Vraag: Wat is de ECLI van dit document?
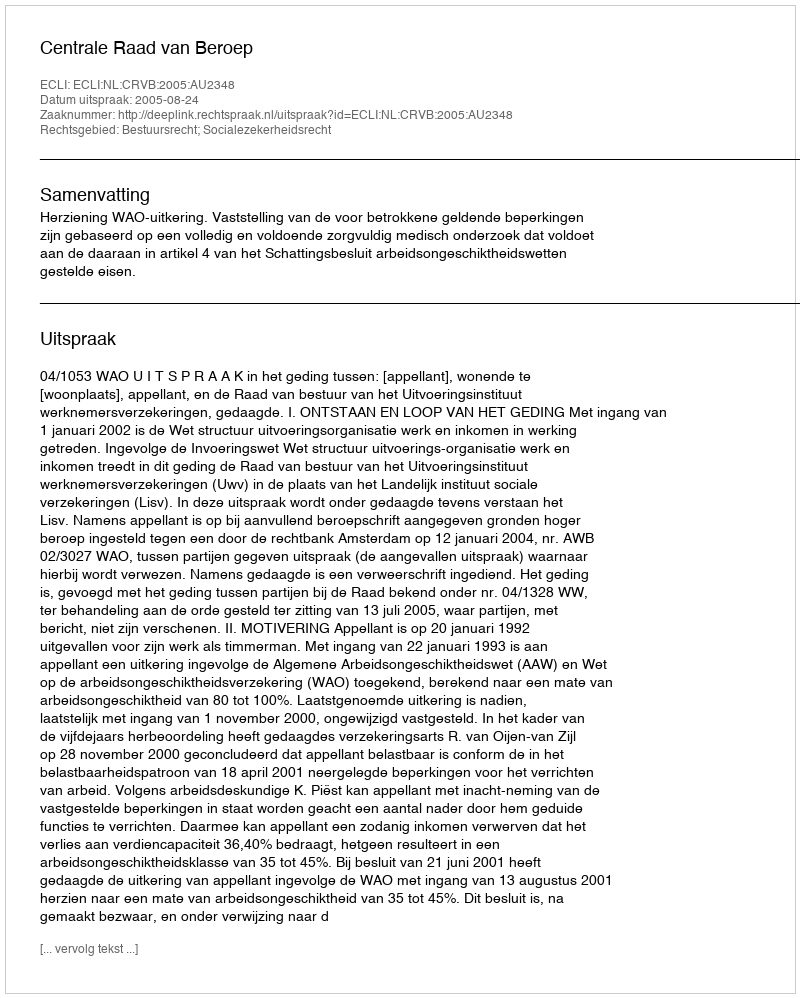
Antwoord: ECLI:NL:CRVB:2005:AU2348